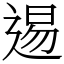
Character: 逷